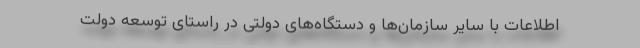
اطلاعات با سایر سازمان‌ها و دستگاه‌های دولتی در راستای توسعه دولت